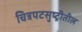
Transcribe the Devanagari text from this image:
चित्रपटसुष्ट्रीतील